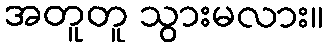
အတူတူ သွားမလား။